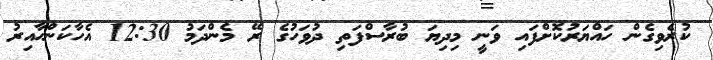
ކުރެވިގެން ހައްޔަރުކޮށްފައި ވަނީ މިދިޔަ ބުރާސްފަތި ދުވަހުގެ ރޭ މެންދަމު 12:30 އެހާކަންހާއިރު